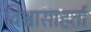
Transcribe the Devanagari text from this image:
विश्वासाहर्ता